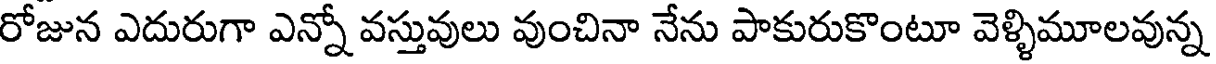
రోజున ఎదురుగా ఎన్నో వస్తువులు వుంచినా నేను పాకురుకొంటూ వెళ్ళిమూలవున్న